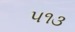
૫૧૩